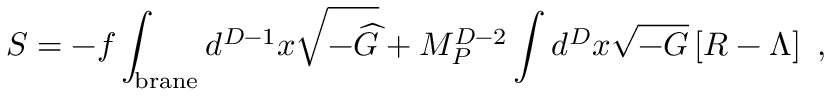
S = - f \int _ { \mathrm { { \small b r a n e } } } d ^ { D - 1 } x \sqrt { - { \widehat G } } + M _ { P } ^ { D - 2 } \int d ^ { D } x \sqrt { - G } \left[ R - \Lambda \right] ~ ,